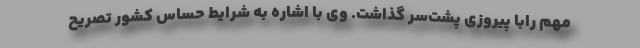
مهم رابا پیروزی پشت‌سر گذاشت. وی با اشاره به شرایط حساس کشور تصریح